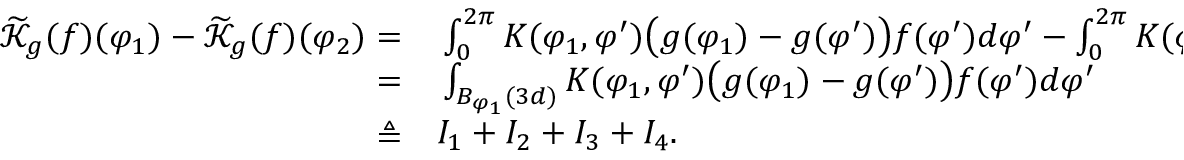
\begin{array} { r l } { \widetilde { \mathcal { K } } _ { g } ( f ) ( \varphi _ { 1 } ) - \widetilde { \mathcal { K } } _ { g } ( f ) ( \varphi _ { 2 } ) = } & { { } \int _ { 0 } ^ { 2 \pi } K ( \varphi _ { 1 } , \varphi ^ { \prime } ) \big ( g ( \varphi _ { 1 } ) - g ( \varphi ^ { \prime } ) \big ) f ( \varphi ^ { \prime } ) d \varphi ^ { \prime } - \int _ { 0 } ^ { 2 \pi } K ( \varphi _ { 2 } , \varphi ^ { \prime } ) \big ( g ( \varphi _ { 2 } ) - g ( \varphi ^ { \prime } ) \big ) f ( \varphi ^ { \prime } ) d \varphi ^ { \prime } } \\ { = } & { { } \int _ { B _ { \varphi _ { 1 } } ( 3 d ) } K ( \varphi _ { 1 } , \varphi ^ { \prime } ) \big ( g ( \varphi _ { 1 } ) - g ( \varphi ^ { \prime } ) \big ) f ( \varphi ^ { \prime } ) d \varphi ^ { \prime } } \\ { \triangleq } & { { } I _ { 1 } + I _ { 2 } + I _ { 3 } + I _ { 4 } . } \end{array}